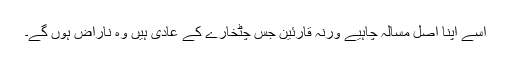
اسے اپنا اصل مسالہ چاہیے ورنہ قارئین جس چٹخارے کے عادی ہیں وہ ناراض ہوں گے۔